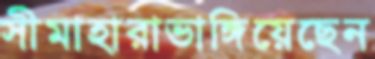
সীমাহারাভাঙ্গিয়েছেন